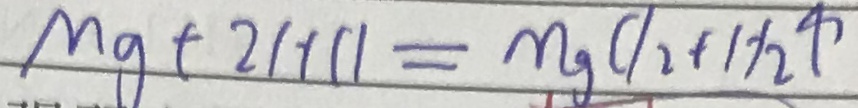
M g + 2 H C l = m g C l _ { 2 } + H _ { 2 } \uparrow